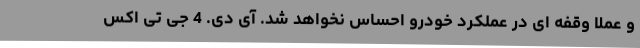
و عملا وقفه ای در عملکرد خودرو احساس نخواهد شد. آی دی. 4 جی تی اکس